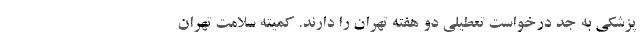
پزشکی به جد درخواست تعطیلی دو هفته تهران را دارند. کمیته سلامت تهران